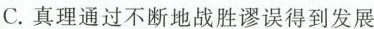
C.真理通过不断地战胜谬误得到发展